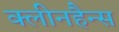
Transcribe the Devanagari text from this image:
क्लीनहैन्स